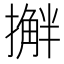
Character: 𫾅